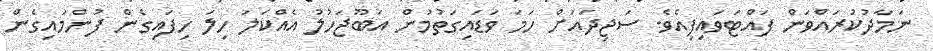
ނަމާދުކުރައްވަން ފައްޓަވައިފިއެވެ. ސަޖިދައަށް ހަމަ ވަޑައިގަތުމުން އަބޫޖަހުލު އެއްކަލަ ހިލަ ހިފައިގެން ފުންމައިގެން